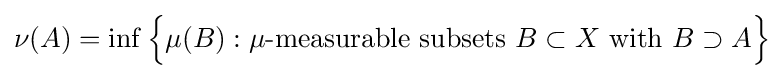
\nu (A)=\inf {\Big \{}\mu (B):\mu {\text{-measurable subsets }}B\subset X{\text{ with }}B\supset A{\Big \}}